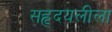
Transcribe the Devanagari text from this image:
सहृदयलीला